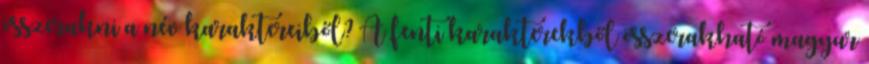
összerakni a név karaktereiből? A fenti karakterekből összerakható magyar